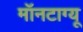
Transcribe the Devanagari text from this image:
मॉनटाग्यू